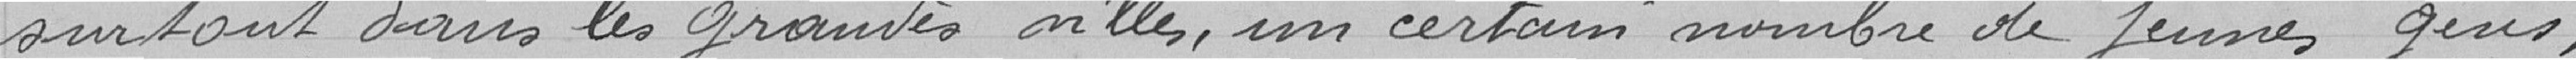
surtout dans les grandes villes, un certain nombre de jeunes gens,